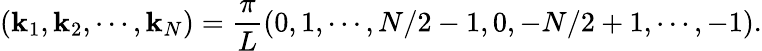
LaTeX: (\mathbf{k}_{1},\mathbf{k}_{2},\cdots,\mathbf{k}_{N})=\frac{{\pi}}{{L}}(0,1,\cdots,N/2-1,0,-N/2+1,\cdots,-1).